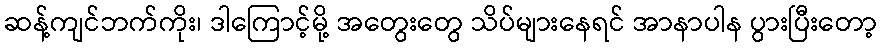
ဆန့်ကျင်ဘက်ကိုး၊ ဒါကြောင့်မို့ အတွေးတွေ သိပ်များနေရင် အာနာပါန ပွားပြီးတော့